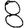
Digit: 8